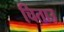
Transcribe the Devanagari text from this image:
चिताउ